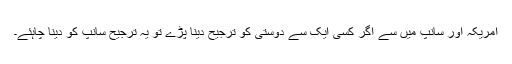
امریکہ اور سانپ میں سے اگر کسی ایک سے دوستی کو ترجیح دینا پڑے تو یہ ترجیح سانپ کو دینا چاہئے۔